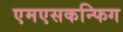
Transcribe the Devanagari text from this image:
एमएसकन्फिग